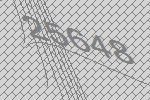
25648